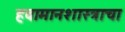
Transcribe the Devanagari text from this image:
हवामानशास्त्राचा